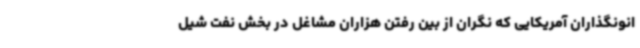
انونگذاران آمریکایی که نگران از بین رفتن هزاران مشاغل در بخش نفت شیل